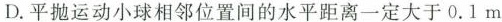
D. 平抛运动小球相邻位置间的水平距离一定大于0.1m